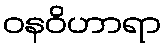
ဝနဝိဟာရာ